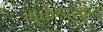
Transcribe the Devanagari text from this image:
मुक्तेश्वरकृत